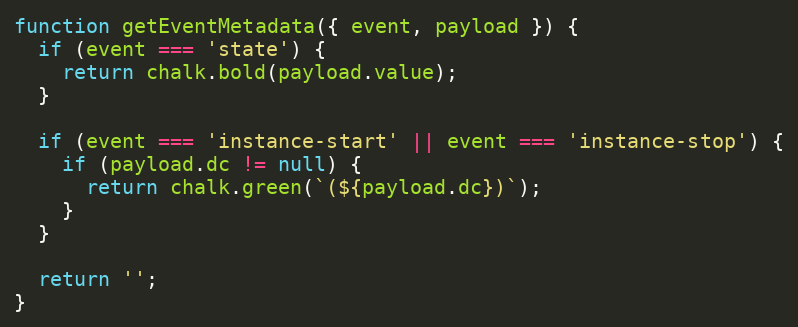
Language: JavaScript
function getEventMetadata({ event, payload }) {
  if (event === 'state') {
    return chalk.bold(payload.value);
  }

  if (event === 'instance-start' || event === 'instance-stop') {
    if (payload.dc != null) {
      return chalk.green(`(${payload.dc})`);
    }
  }

  return '';
}